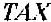
TAX